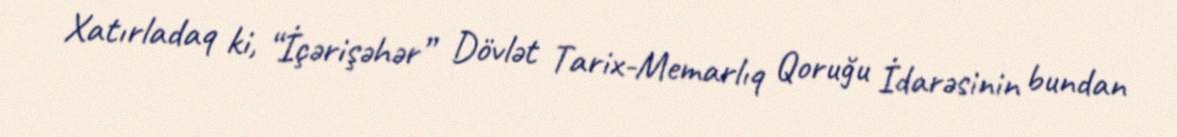
Xatırladaq ki, “İçərişəhər” Dövlət Tarix-Memarlıq Qoruğu İdarəsinin bundan